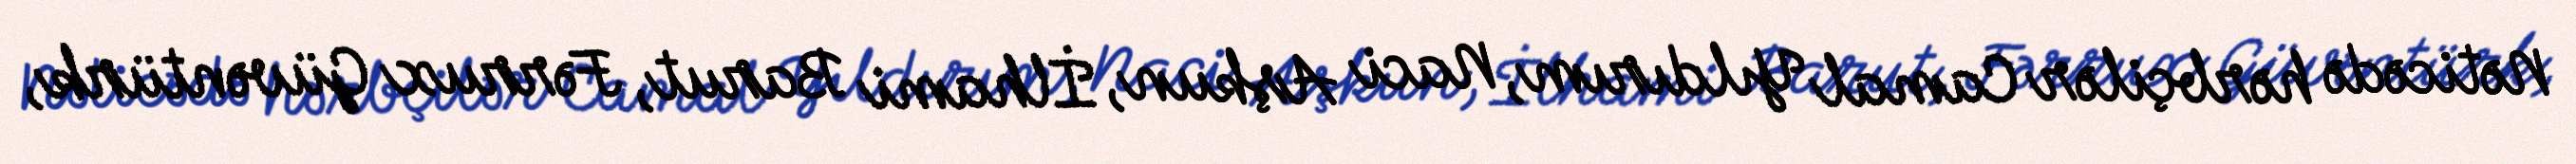
Nəticədə hərbçilər Camal Yıldırım, Naci Aşkun, İlhami Barut, Fərrux Güvəntürk,